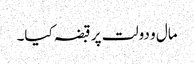
مال و دولت پر قبضہ کیا۔